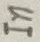
Text: In